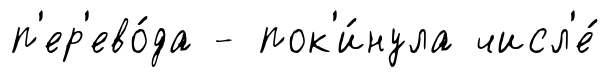
п'ер'ево́да - пок'и́нула числ'е́